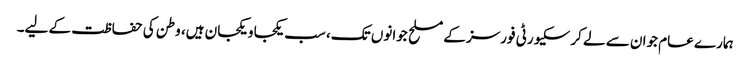
ہمارے عام جوان سے لے کر سکیورٹی فورسز کے مسلح جوانوں تک، سب یکجا و یکجان ہیں، وطن کی حفاظت کے لیے۔